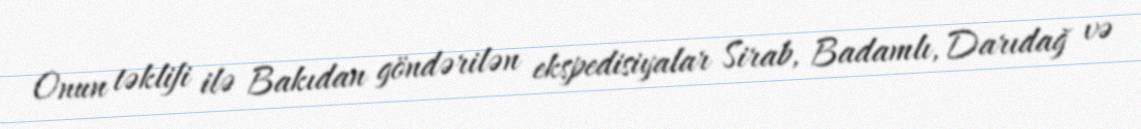
Onun təklifi ilə Bakıdan göndərilən ekspedisiyalar Sirab, Badamlı, Darıdağ və